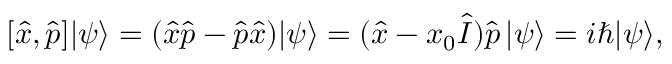
[ { \hat { x } } , { \hat { p } } ] | \psi \rangle = ( { \hat { x } } { \hat { p } } - { \hat { p } } { \hat { x } } ) | \psi \rangle = ( { \hat { x } } - x _ { 0 } { \hat { I } } ) { \hat { p } } \, | \psi \rangle = i \hbar | \psi \rangle ,